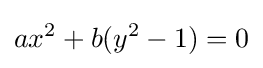
ax^{2}+b(y^{2}-1)=0